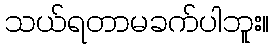
သယ်ရတာမခက်ပါဘူး။